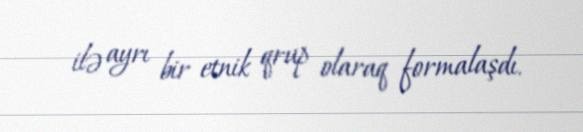
ilə ayrı bir etnik qrup olaraq formalaşdı.